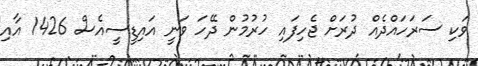
ވަކި ސަރަހައްދެއް ދުރަށް ޖެހިފައި ހުރުމުން ދޭހަ ވަނީ އައިޑީސީއެސް 1426 އާއި